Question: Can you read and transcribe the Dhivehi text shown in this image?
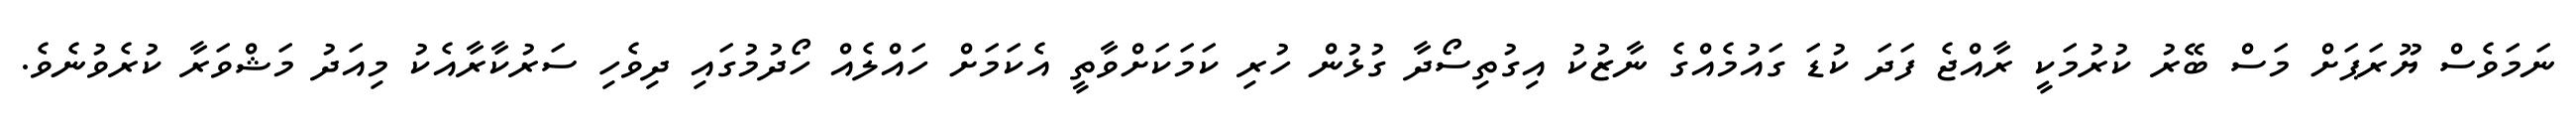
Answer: ނަމަވެސް ޔޫރަޕަށް މަސް ބޭރު ކުރުމަކީ ރާއްޖެ ފަދަ ކުޑަ ގައުމެއްގެ ނާޒުކު އިގުތިސޯދާ ގުޅުން ހުރި ކަމަކަށްވާތީ އެކަމަށް ހައްލެއް ހޯދުމުގައި ދިވެހި ސަރުކާރާއެކު މިއަދު މަޝްވަރާ ކުރެވުނެވެ.